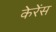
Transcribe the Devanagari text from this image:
केरेंस